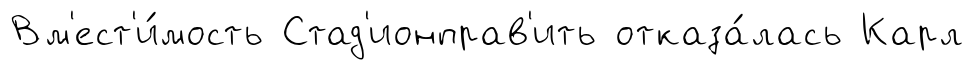
Вм'ест'и́мость Стад'ионправ'ить отказа́лась Карл